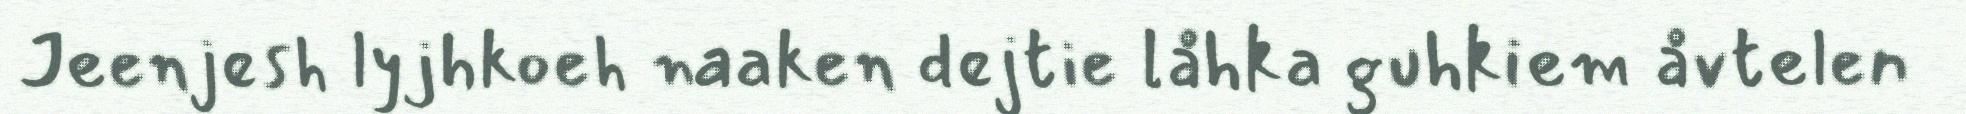
Jeenjesh lyjhkoeh naaken dejtie låhka guhkiem åvtelen